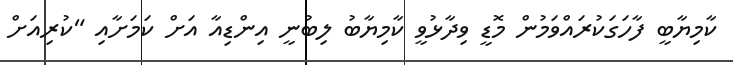
ކާމިޔާބީ ފާހަގަކުރައްވަމުން މޮޑީ ވިދާޅުވީ ކާމިޔާބު ލިބުނީ އިންޑިއާ އަށް ކަމަށާއި "ކުރިއަށް